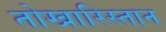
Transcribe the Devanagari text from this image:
तोखारिस्तान